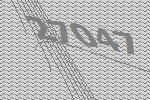
27047